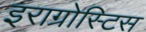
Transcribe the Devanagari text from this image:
इराग्रोस्टिस